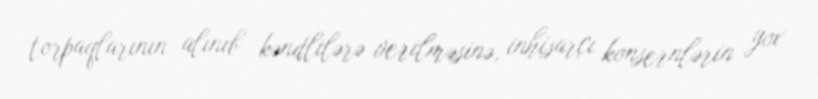
torpaqlarının alınıb kəndlilərə verilməsinə, inhisarçı konsernlərin yox